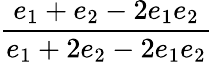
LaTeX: \displaystyle\frac{e_{1}+e_{2}-2e_{1}e_{2}}{e_{1}+2e_{2}-2e_{1}e_{2}}